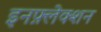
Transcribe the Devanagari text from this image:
इनफ़्लेक्शन